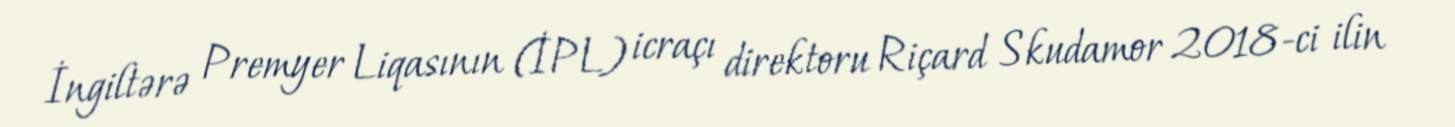
İngiltərə Premyer Liqasının (İPL) icraçı direktoru Riçard Skudamor 2018-ci ilin